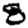
Digit: 8